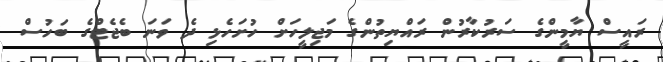
ރައީސް ޔާމީންގެ ސަރުކާރުން ރައްޔިތުންގެ މަޖިލީހަށް ހުށަހެޅި ދެ ވަނަ ބެޖެޓްގެ ބަހުސް